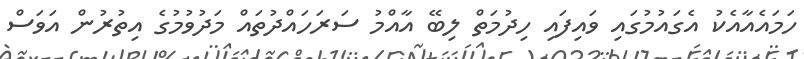
ހަމައެއާއެކު އެގައުމުގައި ވައިފައި ހިދުމަތް ލިބޭ އާއްމު ސަރަހައްދުތައް މަދުވުމުގެ އިތުރުން އަވަސް